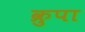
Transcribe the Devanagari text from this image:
क्रुपा